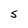
Character: S